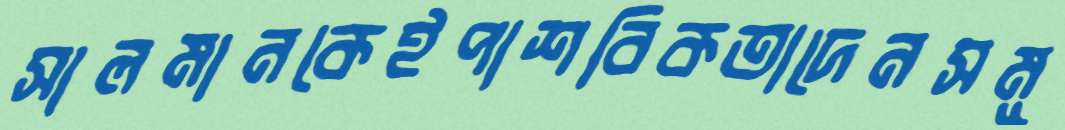
সালমানকেইপাশবিকতাদেনসমূ